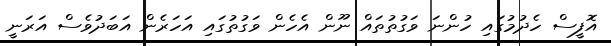
އޮފީސް ހެދުމުގައި ހުންނަ ވަގުތުތައް ނޫން އެހެން ވަގުތުގައި އަހަރެން އަބަދުވެސް އަރަނީ